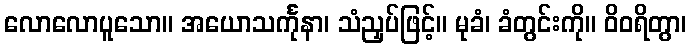
လောလောပူသော။ အယောသင်္ကုနာ၊ သံညှပ်ဖြင့်။ မုခံ၊ ခံတွင်းကို။ ဝိဝရိတွာ၊